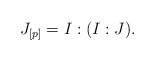
\begin{align*} J_{[p]} = I : (I : J).\end{align*}